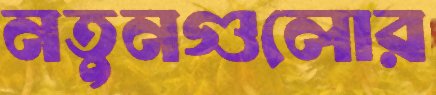
নতুনগুলোর